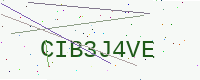
Text: CIB3J4VE